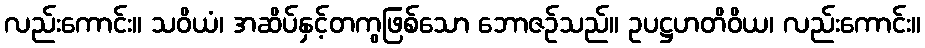
လည်းကောင်း။ သဝိယံ၊ အဆိပ်နှင့်တကွဖြစ်သော ဘောဇဉ်သည်။ ဥပဋ္ဌဟတိဝိယ၊ လည်းကောင်း။